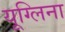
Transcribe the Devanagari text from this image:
यूग्लिना